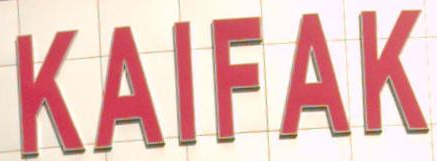
KAIFAK